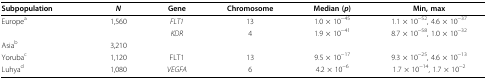
<table><thead><tr><td><b>Subpopulation</b></td><td><b><i>N</i></b></td><td><b>Gene</b></td><td><b>Chromosome</b></td><td><b>Median (<i>p</i>)</b></td><td><b>Min, max</b></td></tr></thead><tbody><tr><td>Europe<sup>a</sup></td><td>1,560</td><td><i>FLT1</i></td><td>13</td><td>1.0 × 10<sup>−45</sup></td><td>1.1 × 10<sup>−52</sup>, 4.6 × 10<sup>−37</sup></td></tr><tr><td></td><td></td><td><i>KDR</i></td><td>4</td><td>1.9 × 10<sup>−41</sup></td><td>8.7 × 10<sup>−58</sup>, 1.0 × 10<sup>−32</sup></td></tr><tr><td>Asia<sup>b</sup></td><td>3,210</td><td></td><td></td><td></td><td></td></tr><tr><td>Yoruba<sup>c</sup></td><td>1,120</td><td>FLT1</td><td>13</td><td>9.5 × 10<sup>−17</sup></td><td>9.3 × 10<sup>−25</sup>, 4.6 × 10<sup>−13</sup></td></tr><tr><td>Luhya<sup>d</sup></td><td>1,080</td><td><i>VEGFA</i></td><td>6</td><td>4.2 × 10<sup>−6</sup></td><td>1.7 × 10<sup>−14</sup>, 1.7 × 10<sup>−2</sup></td></tr></tbody></table>